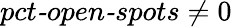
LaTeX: \textit{pct-open-spots}\neq 0